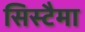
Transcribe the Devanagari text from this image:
सिस्टैमा